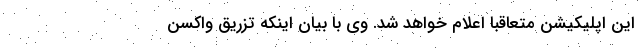
این اپلیکیشن متعاقبا اعلام خواهد شد. وی با بیان اینکه تزریق واکسن